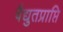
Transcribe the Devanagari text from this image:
वैद्युतप्राप्ति